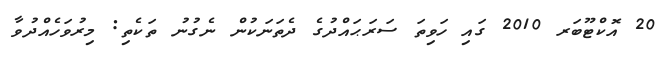
20 އޮކްޓޫބަރ 2010 ގައި ހަވިތަ ސަރަޙައްދުގެ ދެތަނަކުން ނެގުނު ތަކެތި: މިރުވަހެއްދުވާ